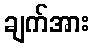
ချက်အား